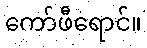
ကော်ဖီရောင်။